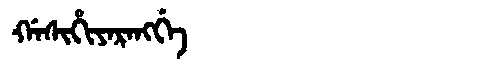
Manchu: ᡤᠠᠰᡳᡥᡳᠶᠠᡵᠠᠩᡤᡝ
Romanization: GASIHIYARANGGE